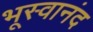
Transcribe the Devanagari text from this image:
भूस्वानंद